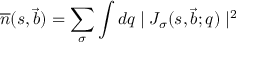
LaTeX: \overline { { { n } } } ( s , \vec { b } ) = \sum _ { \sigma } \int d q \mid J _ { \sigma } ( s , \vec { b } ; q ) \mid ^ { 2 }